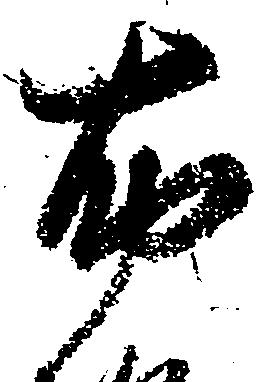
布